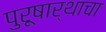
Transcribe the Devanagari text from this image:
पुरूषार्थाचा